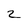
Character: 2